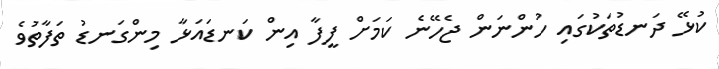
ކުޅޭ ދަނޑުތަކުގައި ހުންނަން ޖެހޭނެ ކަމަށް ފީފާ އިން ކަނޑައަޅާ މިންގަނޑު ތަފާތުވެ